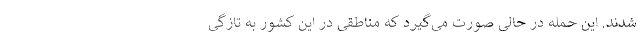
شدند. این حمله در حالی صورت می‌گیرد که مناطقی در این کشور به تازگی